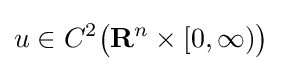
u\in C^{2}{\big (}\mathbf {R} ^{n}\times [0,\infty ){\big )}